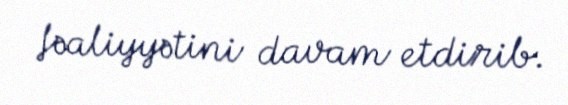
fəaliyyətini davam etdirib.